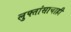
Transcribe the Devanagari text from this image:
लुफ्तांसाचाही